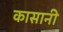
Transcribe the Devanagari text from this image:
कासानी